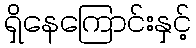
ရှိနေကြောင်းနှင့်